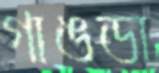
গাঙডা